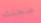
سجنت